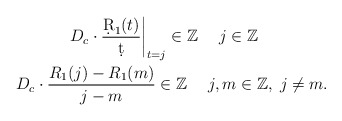
\begin{align*}\begin{gathered}D_c\cdot\frac{\d R_1(t)}{\d t}\bigg|_{t=j}\in\mathbb Z\quad\; j\in\mathbb Z\quad\\D_c\cdot\frac{R_1(j)-R_1(m)}{j-m}\in\mathbb Z\quad\; j,m\in\mathbb Z, \; j\ne m.\end{gathered}\end{align*}